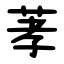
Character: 䓔